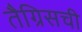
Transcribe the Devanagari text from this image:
तैग्रिसची